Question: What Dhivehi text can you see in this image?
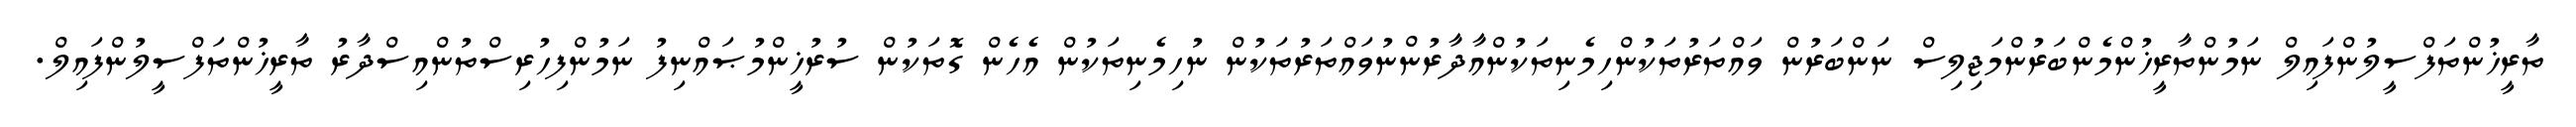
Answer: ތާރީޚުންތަފްސީލުންފައިލް ނަމުންތާރީޚުންމެންބަރުންމަޖިލިސް ނަންބަރުން ވައްތަރުތަކުންހިމެނިތަކުންއާދާރުންނުވައްތަރުތަކުން ނުހިމެނިތަކުން އެހެން ގޮތަކުން ސުރުޚީންމުޞައްނިފު ނަމުންފިހުރިސްތުންއިސްދާރު ތާރީޚުންތަފްސީލުންފައިލް.